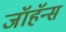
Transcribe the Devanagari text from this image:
जॉहॅन्स